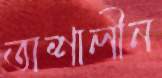
অশালীন